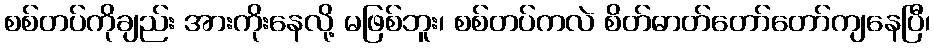
စစ်တပ်ကိုချည်း အားကိုးနေလို့ မဖြစ်ဘူး၊ စစ်တပ်ကလဲ စိတ်ဓာတ်တော်တော်ကျနေပြီ၊